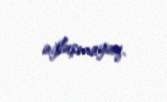
ağlaşmayaq.